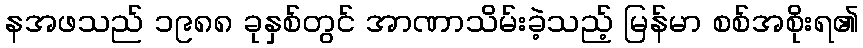
နအဖသည် ၁၉၈၈ ခုနှစ်တွင် အာဏာသိမ်းခဲ့သည့် မြန်မာ စစ်အစိုးရ၏